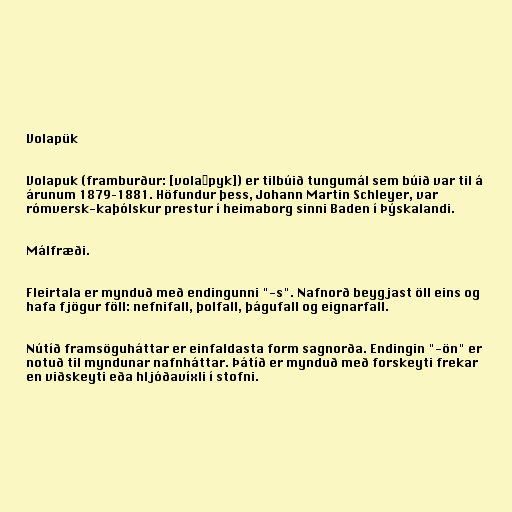
Volapük

Volapuk (framburður: [volaˈpyk]) er tilbúið tungumál sem búið var til á
árunum 1879–1881. Höfundur þess, Johann Martin Schleyer, var
rómversk-kaþólskur prestur í heimaborg sinni Baden í Þýskalandi.

Málfræði.

Fleirtala er mynduð með endingunni "-s". Nafnorð beygjast öll eins og
hafa fjögur föll: nefnifall, þolfall, þágufall og eignarfall.

Nútíð framsöguháttar er einfaldasta form sagnorða. Endingin "-ön" er
notuð til myndunar nafnháttar. Þátíð er mynduð með forskeyti frekar
en viðskeyti eða hljóðavíxli í stofni.